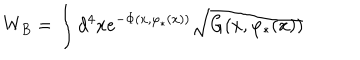
W _ { B } = \int d ^ { 4 } x e ^ { - \Phi ( x , \varphi _ { * } ( x ) ) } \sqrt { G ( x , \varphi _ { * } ( x ) ) }